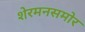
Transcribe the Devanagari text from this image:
शेरमनसमोर